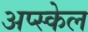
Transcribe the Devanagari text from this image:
अप्स्केल